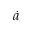
\dot { a }